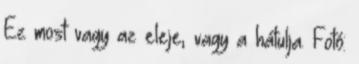
Ez most vagy az eleje, vagy a hátulja. Fotó: